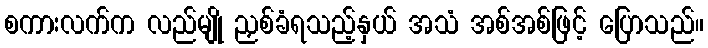
စကားလက်က လည်မျို ညှစ်ခံရသည့်နှယ် အသံ အစ်အစ်ဖြင့် ပြောသည်။